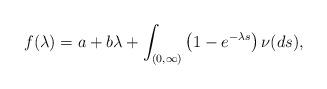
LaTeX: \begin{align*}f(\lambda)=a+b\lambda+\int_{(0,\infty)}\left(1-e^{-\lambda s} \right)\nu (ds),\end{align*}